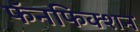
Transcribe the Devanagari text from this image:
फॅनफिक्शन